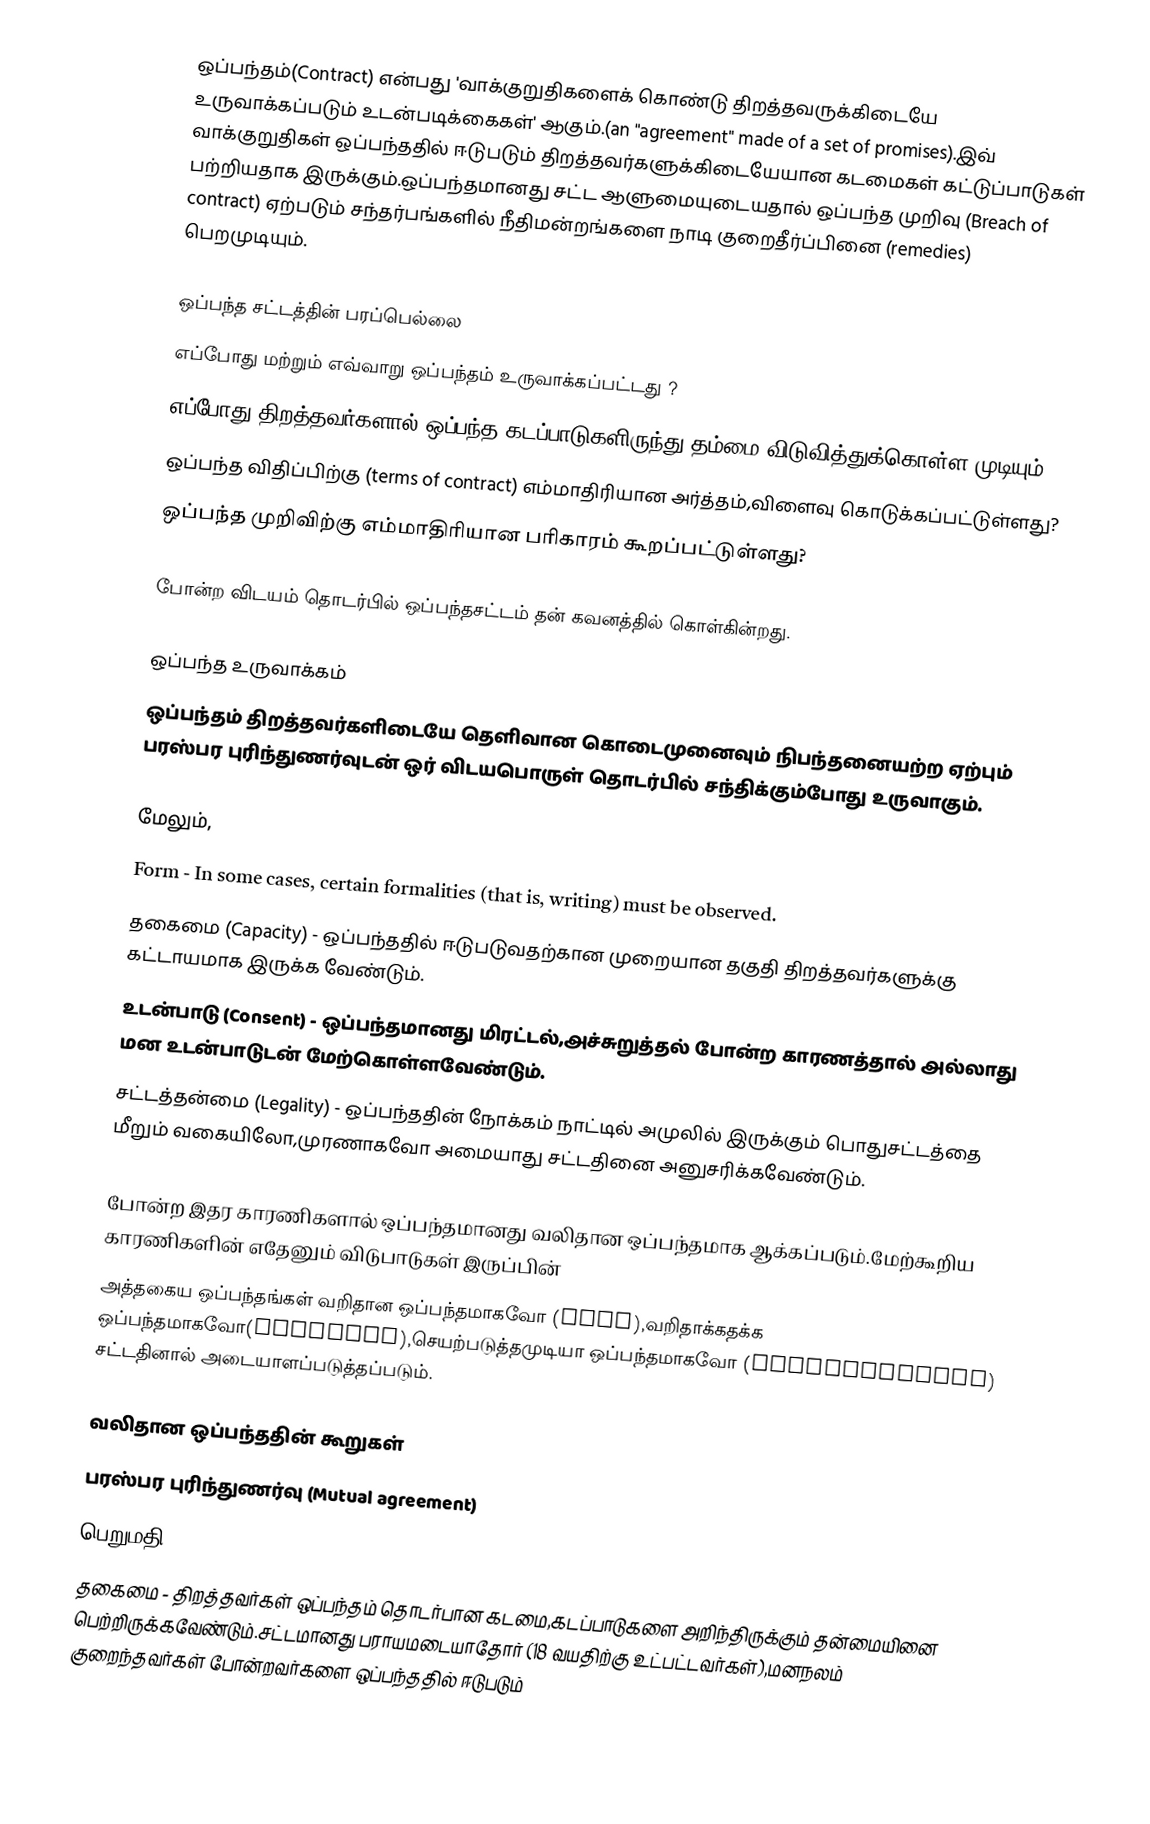
ஒப்பந்தம்(Contract) என்பது 'வாக்குறுதிகளைக் கொண்டு திறத்தவருக்கிடையே உருவாக்கப்படும் உடன்படிக்கைகள்' ஆகும்.(an "agreement" made of a set of promises).இவ் வாக்குறுதிகள் ஒப்பந்ததில் ஈடுபடும் திறத்தவர்களுக்கிடையேயான கடமைகள் கட்டுப்பாடுகள் பற்றியதாக இருக்கும்.ஒப்பந்தமானது சட்ட ஆளுமையுடையதால் ஒப்பந்த முறிவு (Breach of contract) ஏற்படும் சந்தர்பங்களில் நீதிமன்றங்களை நாடி குறைதீர்ப்பினை (remedies) பெறமுடியும்.

ஒப்பந்த சட்டத்தின் பரப்பெல்லை
 எப்போது மற்றும் எவ்வாறு ஒப்பந்தம் உருவாக்கப்பட்டது ?
 எப்போது திறத்தவர்களால் ஒப்பந்த கடப்பாடுகளிருந்து தம்மை விடுவித்துக்கொள்ள முடியும்?
 ஒப்பந்த விதிப்பிற்கு (terms of contract) எம்மாதிரியான அர்த்தம்,விளைவு கொடுக்கப்பட்டுள்ளது?
 ஒப்பந்த முறிவிற்கு எம்மாதிரியான பரிகாரம் கூறப்பட்டுள்ளது?

போன்ற விடயம் தொடர்பில் ஒப்பந்தசட்டம் தன் கவனத்தில் கொள்கின்றது.

ஒப்பந்த உருவாக்கம்
ஒப்பந்தம் திறத்தவர்களிடையே தெளிவான கொடைமுனைவும் நிபந்தனையற்ற ஏற்பும் பரஸ்பர புரிந்துணர்வுடன் ஒர் விடயபொருள் தொடர்பில் சந்திக்கும்போது உருவாகும்.

மேலும்,
 Form - In some cases, certain formalities (that is, writing) must be observed.
 தகைமை (Capacity) - ஒப்பந்ததில் ஈடுபடுவதற்கான முறையான தகுதி திறத்தவர்களுக்கு கட்டாயமாக இருக்க வேண்டும்.
 உடன்பாடு (Consent) - ஒப்பந்தமானது மிரட்டல்,அச்சுறுத்தல் போன்ற காரணத்தால் அல்லாது மன உடன்பாடுடன் மேற்கொள்ளவேண்டும்.
 சட்டத்தன்மை (Legality) - ஒப்பந்ததின் நோக்கம் நாட்டில் அமுலில் இருக்கும் பொதுசட்டத்தை மீறும் வகையிலோ,முரணாகவோ அமையாது சட்டதினை அனுசரிக்கவேண்டும்.

போன்ற இதர காரணிகளால் ஒப்பந்தமானது வலிதான ஒப்பந்தமாக ஆக்கப்படும்.மேற்கூறிய காரணிகளின் எதேனும் விடுபாடுகள் இருப்பின்
அத்தகைய ஒப்பந்தங்கள் வறிதான ஒப்பந்தமாகவோ (void),வறிதாக்கதக்க ஒப்பந்தமாகவோ(voidable),செயற்படுத்தமுடியா ஒப்பந்தமாகவோ (unenforceable) சட்டதினால் அடையாளப்படுத்தப்படும்.

வலிதான ஒப்பந்ததின் கூறுகள்
 பரஸ்பர புரிந்துணர்வு (Mutual agreement)
 பெறுமதி (Consideration)
 தகைமை - திறத்தவர்கள் ஒப்பந்தம் தொடர்பான கடமை,கடப்பாடுகளை அறிந்திருக்கும் தன்மையினை பெற்றிருக்கவேண்டும்.சட்டமானது பராயமடையாதோர் (18 வயதிற்கு உட்பட்டவர்கள்),மனநலம் குறைந்தவர்கள் போன்றவர்களை ஒப்பந்ததில் ஈடுபடும்